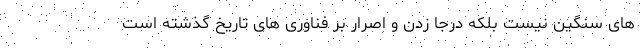
های سنگین نیست بلکه درجا زدن و اصرار بر فناوری های تاریخ گذشته است